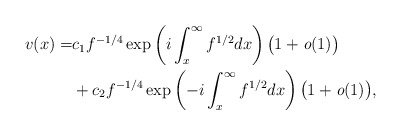
\begin{align*} v(x)=&c_1f^{-1/4}\exp\left(i\int_{x}^{\infty}f^{1/2}dx\right)\bigl(1+\textit{o}(1)\bigr)\\ &+c_2f^{-1/4}\exp\left(-i\int_{x}^{\infty}f^{1/2}dx\right)\bigl(1+\textit{o}(1)\bigr), \end{align*}